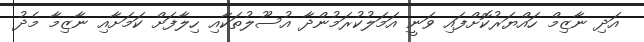
އަދި ނާޒިމް ހައްޔަރުކޮށްފައި ވަނީ އަމަލުކުރަމުންދާ އުސޫލުތަކާއި ހިލާފަށް ކަމަށާއި ނާޒިމާ މެދު